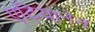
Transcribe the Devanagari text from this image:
एटियानेन